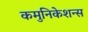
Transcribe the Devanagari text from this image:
कमुनिकेशन्स